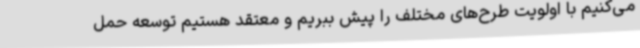
می‌کنیم با اولویت طرح‌های مختلف را پیش ببریم و معتقد هستیم توسعه حمل